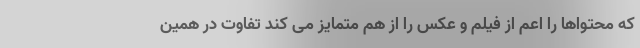
که محتواها را اعم از فیلم و عکس را از هم متمایز می کند تفاوت در همین